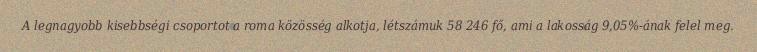
A legnagyobb kisebbségi csoportot a roma közösség alkotja, létszámuk 58 246 fő, ami a lakosság 9,05%-ának felel meg.